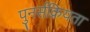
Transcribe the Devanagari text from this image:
पुनर्सक्रियता